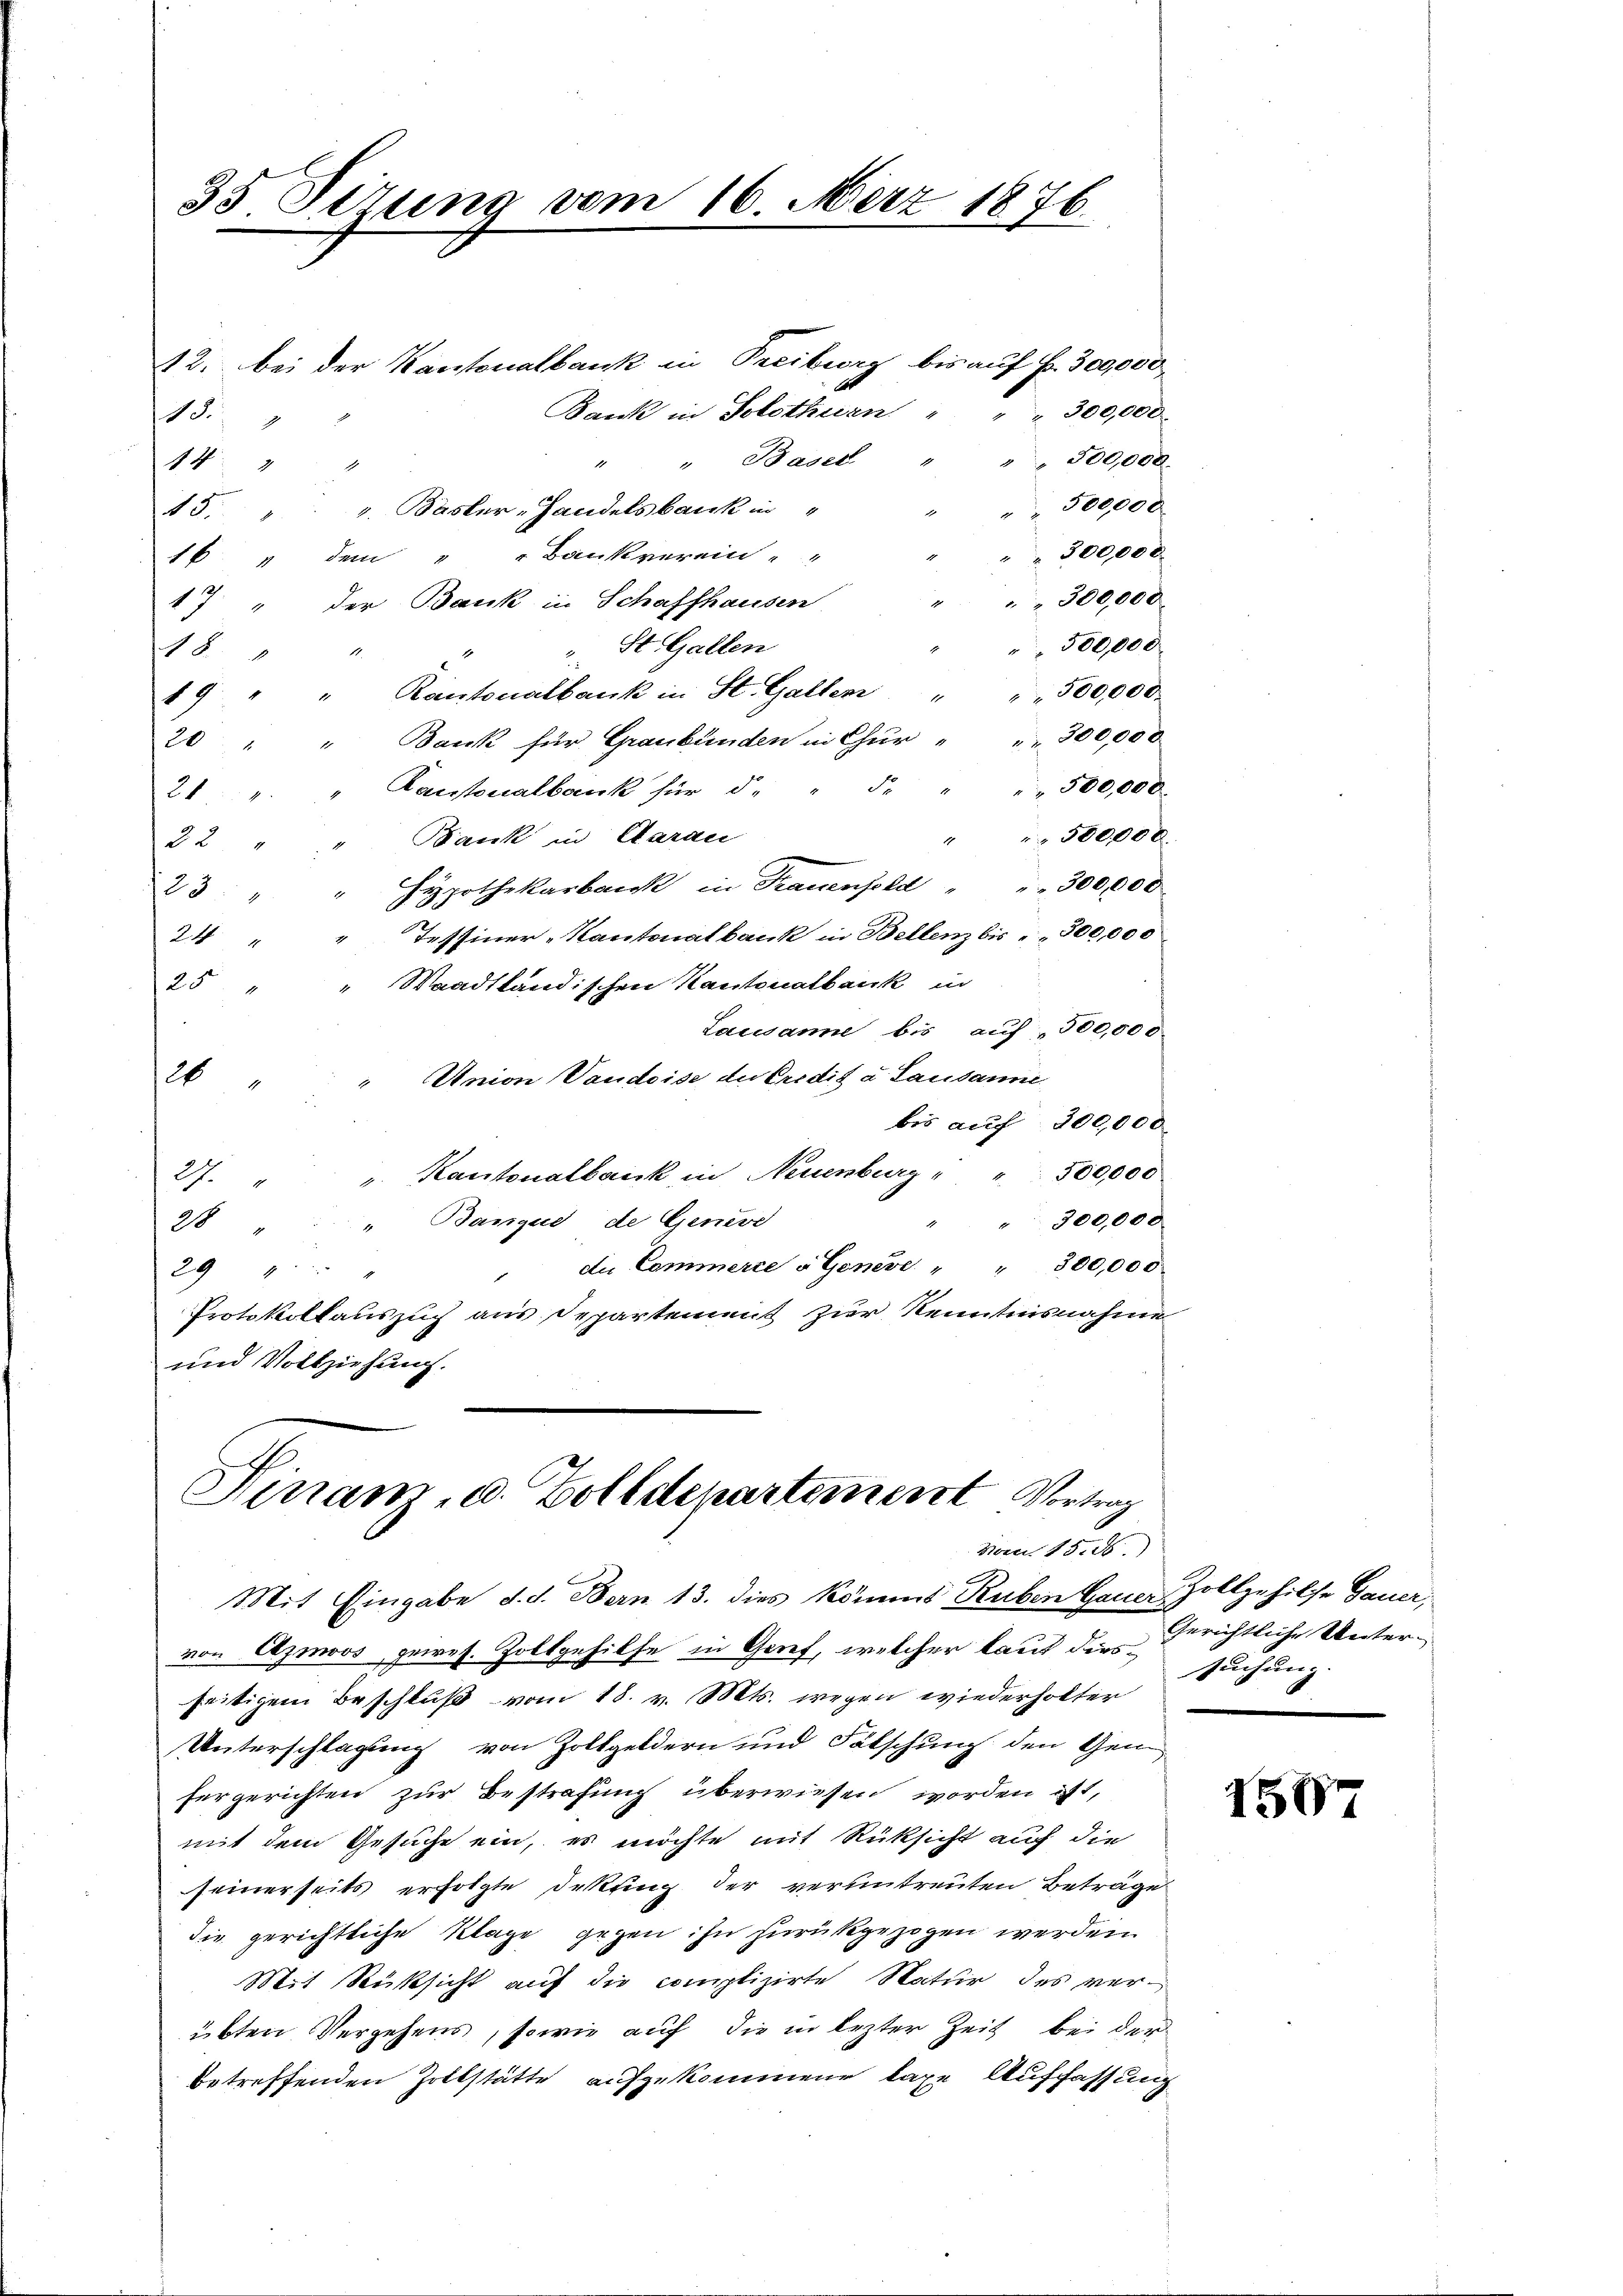
12. bei der Kantonalbank in Preiburg bis auf Fr. 300,000
Bank in Solothurn
300,000
18.
1
 300000
" " Basel.
14 " "
500,000
45. 4. Basler-Handelsbank in
300,000.
dem " " Bankverein " "
16
300,000
17 " der Bank in Schaffhausen
500,000
St. Gallen
18
11
19 " " Kantonalbank in St. Galler " " " 500,000.
 300,000
Bank für Graubünden in Chur-
20
Kantonalbank für d. " F. " " " 500,000.
21
" " 500,000.
22. " " Bank in Aarau
Hypothekarbank in Frauenfeld " " 300,000
223
24 " " Tessiner Kantonalbank in Bellenz bis " " 300,000
25 " " Waadtländischen Kantonalbank in
Lausanne bis auf 500,000
" Union Vaudoise de Credit a Sausanne
4
bis auch 300,000
" Kantonalbank in Neuenburg " " 500,000
27.
300,000
" Banqud, de Generd
28
die Commerce à Geneve " " 300,000
29 " " "
Protokollauszug aus Departement zur Kenntnisnahme
und Vollziehung.

35 Sirung vom 16. März 1876.

Finanz, u. Zolldepartement Vortrag
Horen 1500.)

Mit Eingabe d. d. Bern 13. dies kömmt Ruben Gauer Zollgehilfe Gauer,
von Aymoos geires. Zollgehilfe in Grief, welcher laut diesseitigem Beschluß vom 18. v. Mts. wegen wiederholter
Unterschlagung von Zollgeldern und Fälschung den Gem
fergerichten zur Bestrafung überwiesen worden ist,
mit dem Gesuche ein, es möchte mit Rüksicht auf die
seinerseits erfolgte Dekling der veruntreuten Beträge
die gerichtliche Klage gegen ihn zurückgezogen werden
Mit Rüksicht auf die complizirte Natur des ver-
übten Vergehens, sowie auf die in lezter Zeit bei der
betreffenden Zollstätte aufzukommene Lage Auffassung

Gerichtliche Untersuchung.

1587